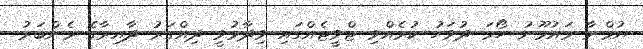
ޔުމްނާ މައުމޫނު ހޯމަ ދުވަހު ކުރެއްވި ޓްވީޓެއްގައި ވިދާޅުވީ ދިއްގަރު ދާއިރާގެ މެންބަރު